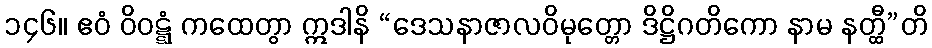
၁၄၆။ ဧဝံ ဝိဝဋ္ဋံ ကထေတွာ ဣဒါနိ “ဒေသနာဇာလဝိမုတ္တော ဒိဋ္ဌိဂတိကော နာမ နတ္ထီ”တိ